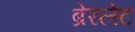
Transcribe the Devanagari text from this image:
ब्रेरलेट